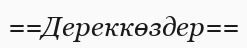
==Дереккөздер==